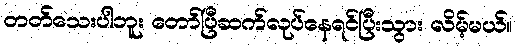
တတ်သေးပါဘူး တော်ပြီဆက်လုပ်နေရင်ပြီးသွား လိမ့်မယ်။